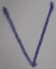
Text: V